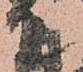
て